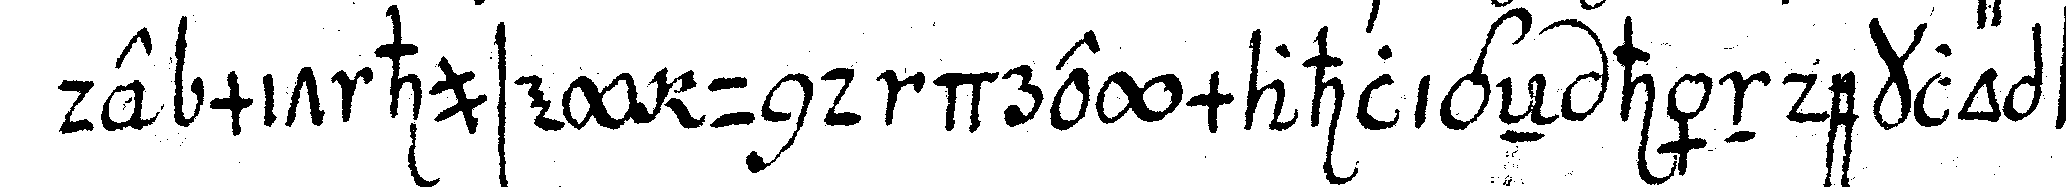
de mit husey und dreymahligeN händeklopfeN